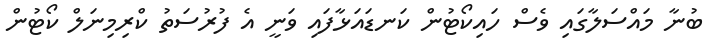
ބުނާ މައްސަލާގައި ވެސް ހައިކޯޓުން ކަނޑައަޅާފައި ވަނީ އެ ފުރުސަތު ކްރިމިނަލް ކޯޓުން